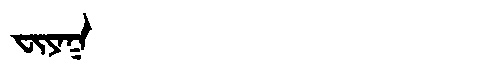
Manchu: ᠸᡳᠶᠠᡴ
Romanization: FIYAK